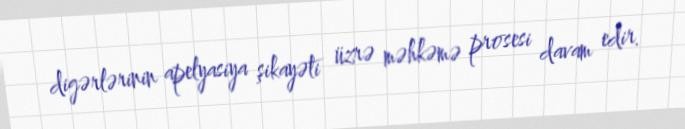
digərlərinin apelyasiya şikayəti üzrə məhkəmə prosesi davam edir.